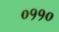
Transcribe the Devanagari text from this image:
०११०